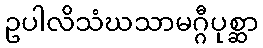
ဥပါလိသံဃသာမဂ္ဂီပုစ္ဆာ